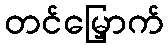
တင်မြှောက်